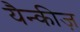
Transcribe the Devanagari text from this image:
यैन्कीज़